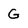
Character: G